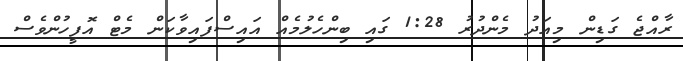
ރާއްޖެ ގަޑިން މިއަދު މެންދުރު 1:28 ގައި ބިންހެލުމެއް އައިސްފައިވާކަން މެޓް އޮފީހުންވެސް